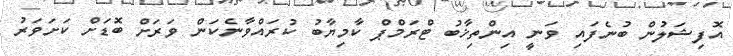
އޮފިޝަލުން ބުނެފައި ވަނީ އިންތިޚާބު ޓްރަމްޕް ކާމިޔާބު ކުރައްވާނެކަން ވަރަށް ބޮޑަށް ކަށަވަރު